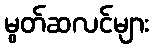
မွတ်ဆလင်များ